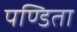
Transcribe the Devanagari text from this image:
पण्डिता